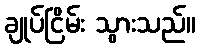
ချုပ်ငြိမ်း သွားသည်။